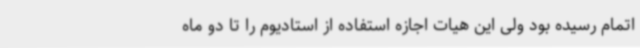
اتمام رسیده بود ولی این هیات اجازه استفاده از استادیوم را تا دو ماه